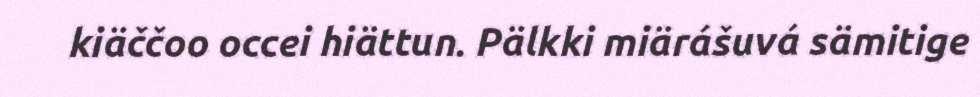
kiäččoo occei hiättun. Pälkki miärášuvá sämitige